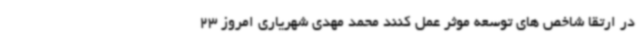
در ارتقا شاخص های توسعه موثر عمل کنند محمد مهدی شهریاری امروز 23